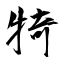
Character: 犄